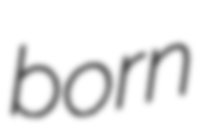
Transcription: born